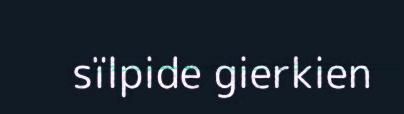
sïlpide gierkien